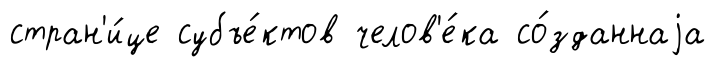
стран'и́це субъе́ктов челов'е́ка со́зданнаjа